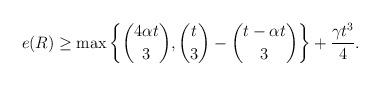
LaTeX: \begin{align*}e( R)\ge\max \left \{ \binom{4\alpha t}{3}, \binom{t}{3}-\binom{t-\alpha t}{3} \right \}+\frac{\gamma t^3}{4}. \end{align*}